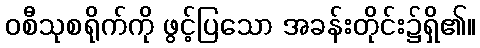
ဝစီသုစရိုက်ကို ဖွင့်ပြသော အခန်းတိုင်း၌ရှိ၏။